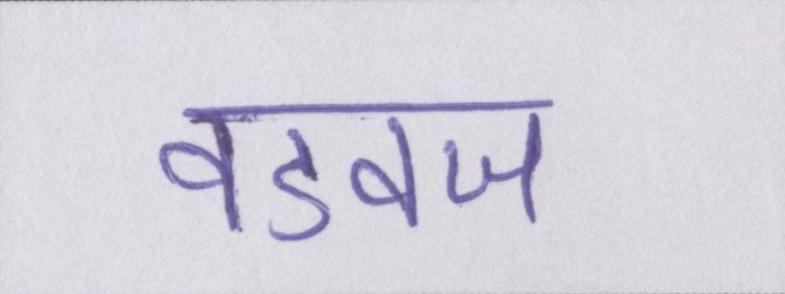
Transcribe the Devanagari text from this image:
वडवज